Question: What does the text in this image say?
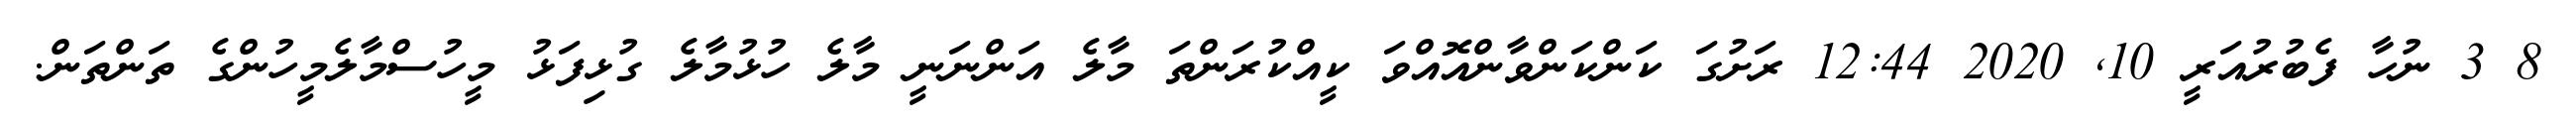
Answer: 8 3 ނުހާ ފެބުރުއަރީ 10, 2020 12:44 ރަށުގަ ކަންކަންވާންއޮއްވަ ކީއްކުރަންތަ މާލެ އަންނަނީ މާލެ ހުޅުމާލެ ގުޅިފަޅު މީހުސްމާލެމީހުންގެ ތަންތަން.